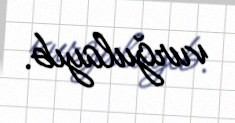
vurğulayıb.